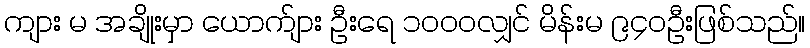
ကျား မ အချိုးမှာ ယောက်ျား ဦးရေ ၁၀၀၀လျှင် မိန်းမ ၉၄၀ဦးဖြစ်သည်။